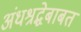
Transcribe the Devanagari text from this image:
अंधश्रद्धेबाबत